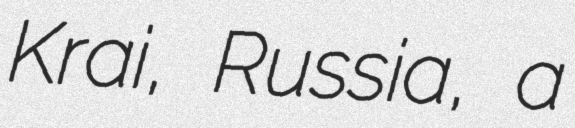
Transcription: Krai, Russia, a